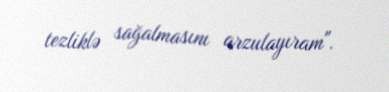
tezliklə sağalmasını arzulayıram".